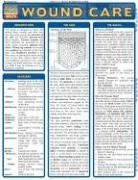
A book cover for Wound Care (Quickstudy: Health); Inc. BarCharts; Medical Books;